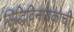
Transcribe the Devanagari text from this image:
सिद्धिविनायकाची